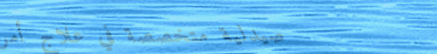
صيدلية متخصصة في علاج أمر